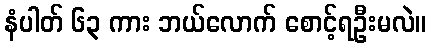
နံပါတ် ၆၃ ကား ဘယ်လောက် စောင့်ရဦးမလဲ။